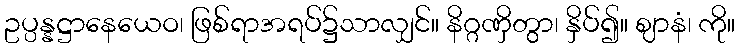
ဥပ္ပန္နဋ္ဌာနေယေဝ၊ ဖြစ်ရာအရပ်၌သာလျှင်။ နိဂ္ဂဏှိတွာ၊ နှိပ်၍။ ဈာနံ၊ ကို။